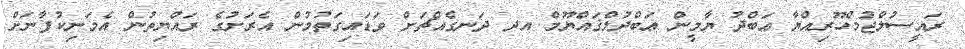
ރައީސުލްޖުމްހޫރިއްޔާ ޢަބްދު ޔާމީން ޢަބްދުލްޤައްޔޫމް އދ ދަނގެއްޗަށް ވަޑައިގަތުމުން އެރަށުގެ ރައްޔިތުން އެމަނިކުފާނަށް